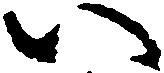
い